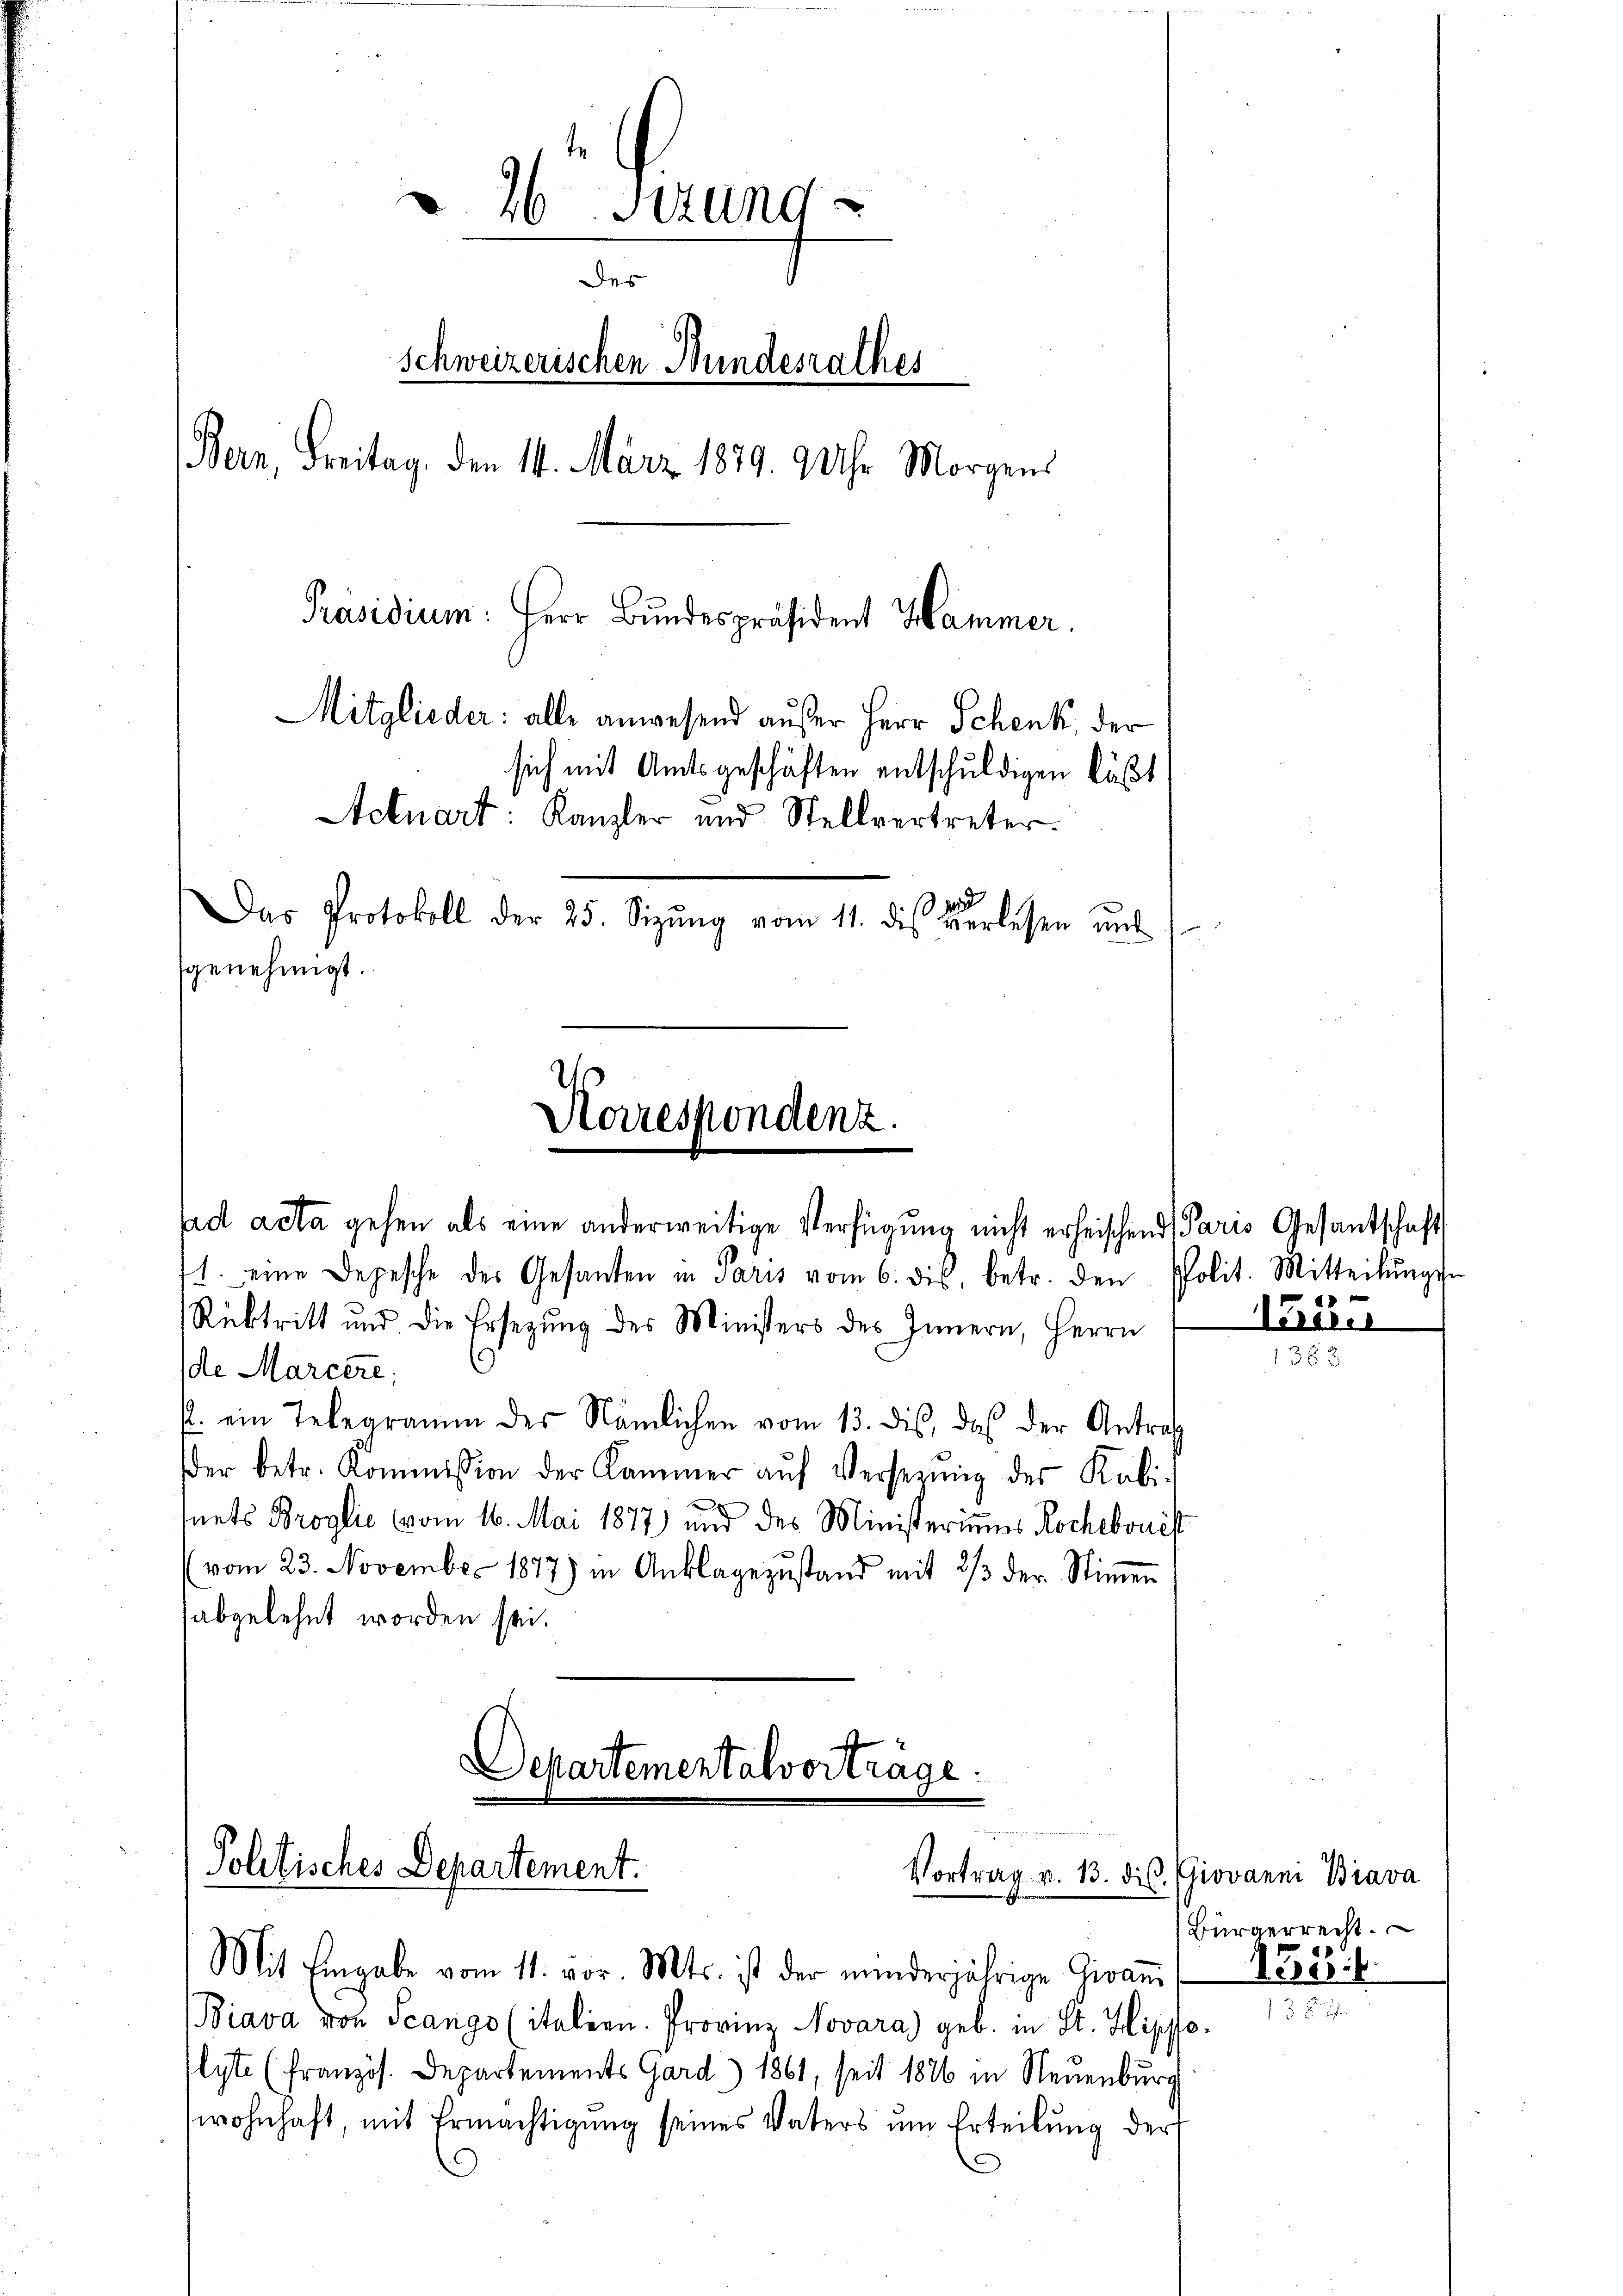
.
26 Setzung
des
Schweizerischen Bundesrathes
Bern, Freitag, den 14. März 1879. 9 Uhr Morgens
Präsidium: Herr Bundespräsident Hammer.
Mitglieder: alle anwesend außer Herr Schenk, der
sich mit Amtsgeschäften entschuldigen läßt
Actuart: Kanzler und Stellvertreter.
Das Protokoll der 25. Sizŭng vom 11. dies verlesen mit
genehmigt.

Horrespondenz.
fad acta gehen als eine anderweitige Verfügung nicht erheischend Paris Gesantschaft

1. eine Depesche des Gesanten in Paris vom 6. dies, betr. den
Rücktritt und die Ersezung des Ministers des Innern, Herrn
de Marcere;
. ein Telegramm des Nämlichen vom 13. dis, das der Antrag
der betr. Kommission der Kammer aŭf Versetzŭng des Kabi-
nets Broglie vom 16. Mai 1877 und des Ministeriums Rochebouest
vom 23. November 1877) in Anklagezustand mit 2/3 der Stimmen
abgelehnt worden sei.
Departementalvorträge.

Politisches Departement.
Vortrag v. 13. dis. Giovanni Brava
Mit Eingabe vom 11. vor. Mts. ist der minderjährige Zivaṅ/ 1788:

Biava von Scango (italien. Provinz Novara) geb. in St. Hippo
yte (Französ. Departements Gard) 1861, seit 1876 in Neuenburg
wohnhaft, mit Ermächtigŭng seines Vaters ŭm Erteilŭng der

PPolit. Mitteilungs
a

3 x

Aarau

Bürgerrecht.